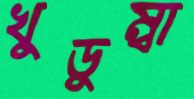
খুডুম্বা